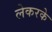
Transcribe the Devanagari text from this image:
लेकरके